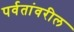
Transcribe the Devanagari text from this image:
पर्वतांवरील